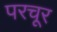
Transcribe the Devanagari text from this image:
परचूर